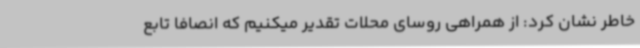
خاطر نشان کرد: از همراهی روسای محلات تقدیر میکنیم که انصافا تابع